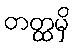
တတ္ထမှိ